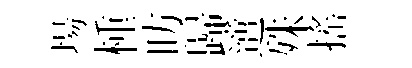
場㮔昉歸𨗁殊搖